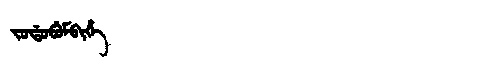
Manchu: ᠵᠣᡩᠣᠪᡠᠮᠪᡳᡥᡝ
Romanization: JODOBUMBIHE